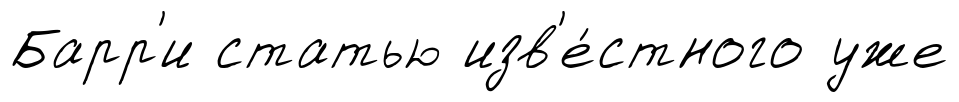
Барр'и статью изв'е́стного уже